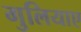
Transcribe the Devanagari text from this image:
गुलियाए